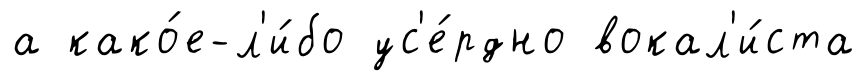
а како́е-л'и́бо ус'е́рдно вокал'и́ста